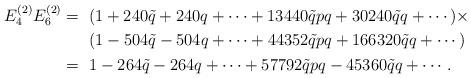
LaTeX: \begin{align*}\begin{aligned} E_4^{(2)}E_6^{(2)}=~&(1+240\tilde{q}+240q+\cdots+13440\tilde{q}pq+ 30240\tilde{q}q+\cdots) \times \\&(1-504\tilde{q}-504q +\cdots+44352\tilde{q}p q+166320\tilde{q}q+\cdots)\\ =~&1-264\tilde{q}-264q +\cdots+57792 \tilde{q}pq-45360 \tilde{q}q+\cdots . \end{aligned} \end{align*}